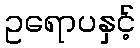
ဥရောပနှင့်